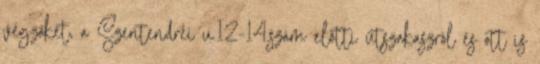
végzőket, a Szentendrei u.12-14.szám előtti útszakaszról és ott is